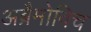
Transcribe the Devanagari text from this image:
अब्रैमोविच